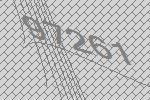
97261